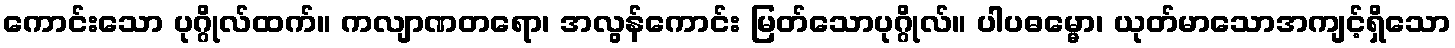
ကောင်းသော ပုဂ္ဂိုလ်ထက်။ ကလျာဏတရော၊ အလွန်ကောင်း မြတ်သောပုဂ္ဂိုလ်။ ပါပဓမ္မော၊ ယုတ်မာသောအကျင့်ရှိသော